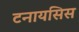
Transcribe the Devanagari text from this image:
टनायसिस